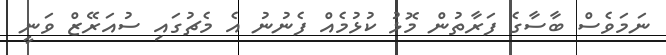
ނަމަވެސް ބާސާގެ ފަރާތުން މޮޅު ކުޅުމެއް ފެނުނު އެ މެޗުގައި ސުއަރޭޒް ވަނީ